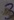
Text: 3